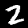
Label: 2